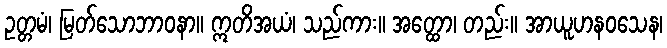
ဥတ္တမံ၊ မြတ်သောဘာဝနာ။ ဣတိအယံ၊ သည်ကား။ အတ္ထော၊ တည်း။ အာယူဟနဝသေန၊